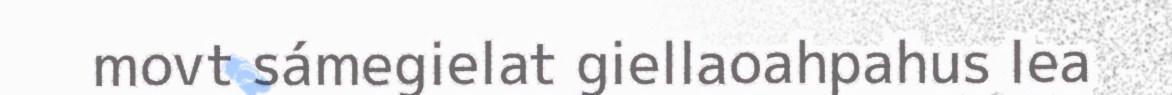
movt sámegielat giellaoahpahus lea